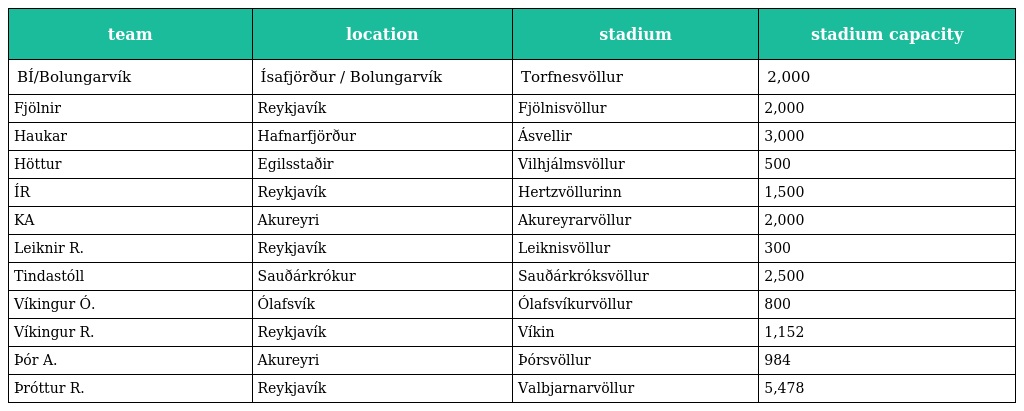
| team | location | stadium | stadium capacity |
 | --- | --- | --- | --- |
 | BÍ/Bolungarvík | Ísafjörður / Bolungarvík | Torfnesvöllur | 2,000 |
 | Fjölnir | Reykjavík | Fjölnisvöllur | 2,000 |
 | Haukar | Hafnarfjörður | Ásvellir | 3,000 |
 | Höttur | Egilsstaðir | Vilhjálmsvöllur | 500 |
 | ÍR | Reykjavík | Hertzvöllurinn | 1,500 |
 | KA | Akureyri | Akureyrarvöllur | 2,000 |
 | Leiknir R. | Reykjavík | Leiknisvöllur | 300 |
 | Tindastóll | Sauðárkrókur | Sauðárkróksvöllur | 2,500 |
 | Víkingur Ó. | Ólafsvík | Ólafsvíkurvöllur | 800 |
 | Víkingur R. | Reykjavík | Víkin | 1,152 |
 | Þór A. | Akureyri | Þórsvöllur | 984 |
 | Þróttur R. | Reykjavík | Valbjarnarvöllur | 5,478 |